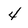
Character: 4